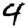
Digit: 4